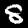
Label: 8